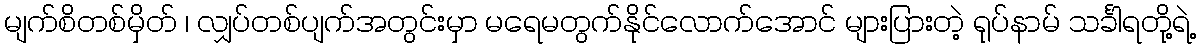
မျက်စိတစ်မှိတ် ၊ လျှပ်တစ်ပျက်အတွင်းမှာ မရေမတွက်နိုင်လောက်အောင် များပြားတဲ့ ရုပ်နာမ် သင်္ခါရတို့ရဲ့